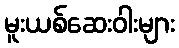
မူးယစ်ဆေးဝါးများ